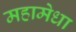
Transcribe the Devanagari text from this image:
महामेधा